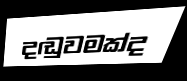
දඬුවමක්ද